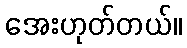
အေးဟုတ်တယ်။